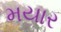
મયાર